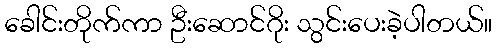
ခေါင်းတိုက်ကာ ဦးဆောင်ဂိုး သွင်းပေးခဲ့ပါတယ်။